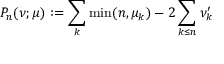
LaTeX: P _ { n } ( \nu ; \mu ) : = \sum _ { k } \operatorname * { m i n } ( n , \mu _ { k } ) - 2 \sum _ { k \le n } \nu _ { k } ^ { \prime }